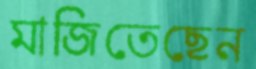
মাজিতেছেন